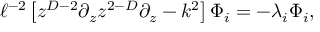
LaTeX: \ell ^ { - 2 } \left[ z ^ { D - 2 } \partial _ { z } z ^ { 2 - D } \partial _ { z } - k ^ { 2 } \right] \Phi _ { i } = - \lambda _ { i } \Phi _ { i } ,